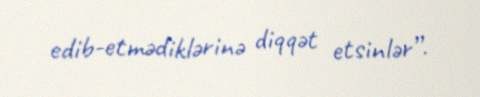
edib-etmədiklərinə diqqət etsinlər”.